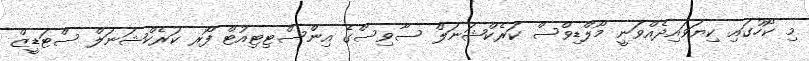
މި ކޯހުގައި ކިޔަވައިދެއްވަނީ މޯލްޑިވްސް ކަރެކްޝަނަލް ސާވިސްގެ އިންސްޓިޓިއުޓް ފޯރ ކަރެކްޝަނަލް ސްޓަޑީޒް